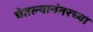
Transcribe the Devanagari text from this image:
घेतल्यानंतरच्या